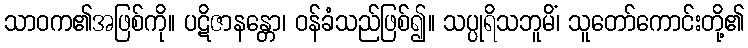
သာဝက၏အဖြစ်ကို။ ပဋိဇာနန္တော၊ ဝန်ခံသည်ဖြစ်၍။ သပ္ပုရိသဘူမိံ၊ သူတော်ကောင်းတို့၏